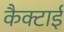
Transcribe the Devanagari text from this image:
कैक्टाई